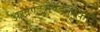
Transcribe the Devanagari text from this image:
अखण्डमण्डलाकारं